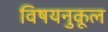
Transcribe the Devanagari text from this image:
विषयनुकूल